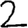
Digit: 2